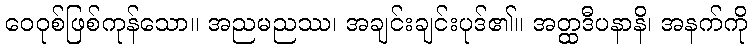
ဝေဝုစ်ဖြစ်ကုန်သော။ အညမညဿ၊ အချင်းချင်းပုဒ်၏။ အတ္ထဒီပနာနိ၊ အနက်ကို